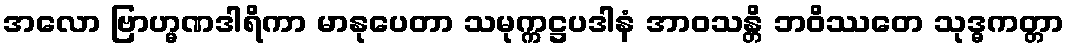
အလော ဗြာဟ္မဏဒါရိကာ မာနုပေတာ သမုက္ကဋ္ဌပဒါနံ အာဝသန္တိ ဘဝိဿတေ သုဒ္ဓကတ္တာ